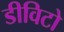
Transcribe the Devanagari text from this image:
डीविटो